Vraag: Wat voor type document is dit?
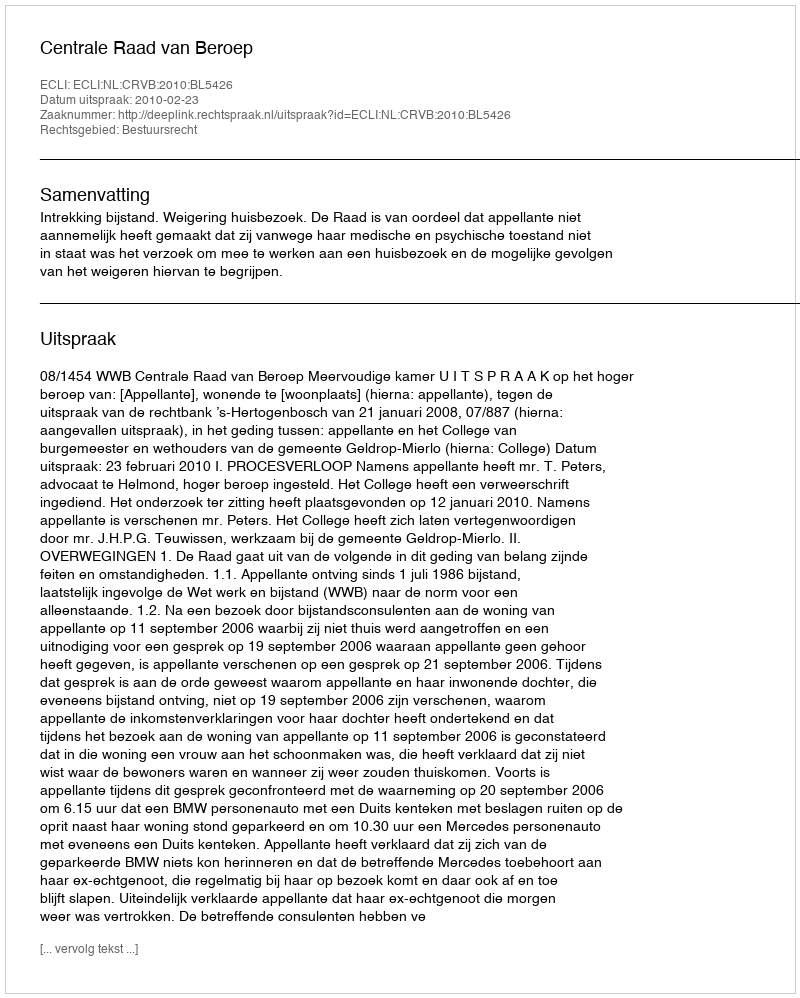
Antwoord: Uitspraak